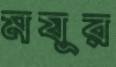
মযূর